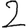
Digit: 2